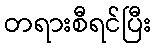
တရားစီရင်ပြီး